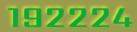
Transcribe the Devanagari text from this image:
१९२२२४